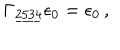
\Gamma _ { \underline { { { 2 5 3 4 } } } } \epsilon _ { 0 } = \epsilon _ { 0 } \, , \qquad